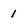
Character: 1